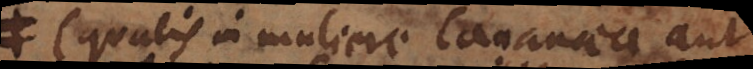
(qualis in muliere Cananaea aut